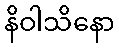
နိဝါသိနော